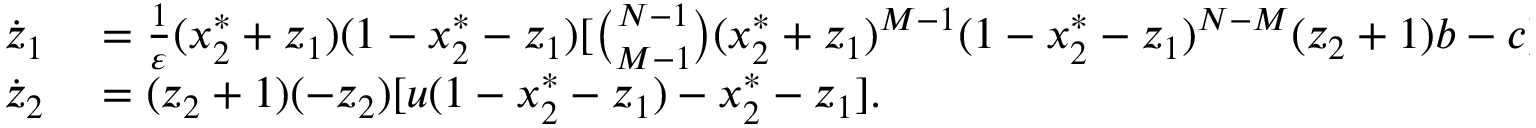
\begin{array} { r l } { \dot { z } _ { 1 } } & { { } = \frac { 1 } { \varepsilon } ( x _ { 2 } ^ { * } + z _ { 1 } ) ( 1 - x _ { 2 } ^ { * } - z _ { 1 } ) [ \binom { N - 1 } { M - 1 } ( x _ { 2 } ^ { * } + z _ { 1 } ) ^ { M - 1 } ( 1 - x _ { 2 } ^ { * } - z _ { 1 } ) ^ { N - M } ( z _ { 2 } + 1 ) b - c ] , } \\ { \dot { z } _ { 2 } } & { { } = ( z _ { 2 } + 1 ) ( - z _ { 2 } ) [ u ( 1 - x _ { 2 } ^ { * } - z _ { 1 } ) - x _ { 2 } ^ { * } - z _ { 1 } ] . } \end{array}